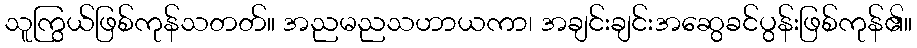
သူကြွယ်ဖြစ်ကုန်သတတ်။ အညမညသဟာယကာ၊ အချင်းချင်းအဆွေခင်ပွန်းဖြစ်ကုန်၏။